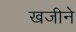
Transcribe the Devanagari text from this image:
खजीने